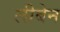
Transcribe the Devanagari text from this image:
लीबेन